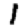
Digit: 1